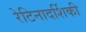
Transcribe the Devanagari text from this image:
रेटिनादर्शिकी